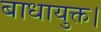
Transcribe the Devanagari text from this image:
बाधायुक्त।